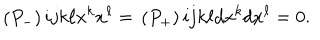
LaTeX: \begin{matrix} { { ( P _ { - } ) } } \\ \end{matrix} { i j } { k \ell } x ^ { k } x ^ { \ell } = \begin{matrix} { { ( P _ { + } ) } } \\ \end{matrix} { i j } { k \ell } d x ^ { k } d x ^ { \ell } = 0 .